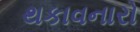
થકાવનારો